Medical and sanitary report of the native army of Madras for the year
Year: 1875
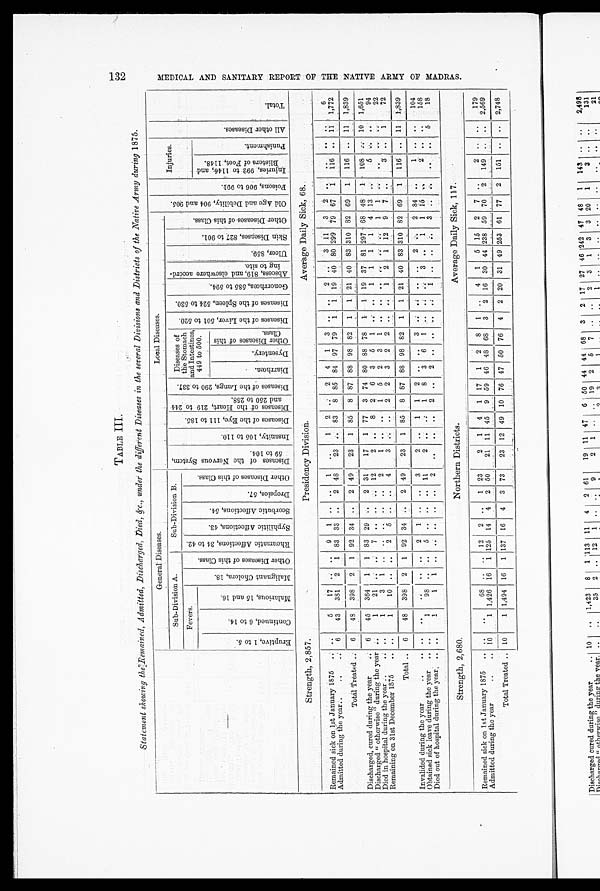
TABLE III
Statement showing the Remained, Admitted, Discharged, Died, &c., under the different Diseases in the several Divisions and Districts of the Native Army during 1875.
—
General Diseases.
Local Diseases.
O l d A g e a n d D e b i l i t y , 9 0 4 a n d 9 0 5 .
P o i s o n s , 9 0 6 t o 9 9 1 .
Injuries.
A l l o t h e r D i s e a s e s .
Tot al .
Sub-Division A.
Sub-Division B.
D i s e a s e s o f t h e N e r v o u s S y s t e m , 5 9 t o 1 0 4 .
I n s a n i t y , 1 0 5 t o 1 1 0 .
D i s e a s e s o f t h e E y e , 1 1 1 t o 1 8 5 .
D i s e a s e s o f t h e H e a r t , 2 1 9 t o 2 4 4 a n d 2 5 0 t o 2 5 8 .
D i s e a s e s o f t h e L u n g s , 2 9 0 t o 3 7 7 . Diseases of
the Stomach
and Intestines,
449 to 500.
D i s e a s e s o f t h e L i v e r , 5 0 1 t o 5 2 0 . D i s e a s e s o f t h e S p l e e n , 5 2 4 t o 5 3 0 .
G o n o r r h œ a , 5 8 5 t o 5 9 4 .
A b s c e s s , 8 1 9 , a n d e l s e w h e r e a c c o r d - i n g t o s i t e .
Ul c e r , 8 5 9 .
S k i n D i s e a s e s , 8 2 7 t o 9 0 1 .
O t h e r D i s e a s e s o f t h i s C l a s s .
Fevers.
M a l i g n a n t C h o l e r a , 1 8 .
O t h e r D i s e a s e s o f t h i s C l a s s .
R h e u m a t i c A f f e c t i o n s , 3 4 t o 4 2 .
S y p h i l i t i c A f f e c t i o n s , 4 3 .
S c o r b u t i c A f f e c t i o n s , 5 4 .
D r o p s i e s , 5 7 .
O t h e r D i s e a s e s o f t h i s C l a s s .
E r u p t i v e , 1 t o 5 .
C o n t i n u e d , 6 t o 1 4 .
M a l a r i o u s , 1 5 a n d 1 6 .
I n j u r i e s , 9 9 2 t o 1 1 4 6 , a n d B l i s t e r s o f F e e t , 1 1 4 8 .
P u n i s h me n t .
Di a r r h œa .
Dys ent er y.
O t h e r D i s e a s e s o f t h i s C l a s s .
Strength, 2,857.
Presidency Division.
Average Daily Sick, 68.
Remained sick on 1st January 1875 .. ..
5
17 .. ..
9 1 .. ..
1
..
1 2
2 4 1 3
2 ..
3 11 3 2
6
Admitted during the year..
..
... 6
43 381 2 1 83 33 ..
2 48
23 .. 83 8 85 84 97 79 1 1 19 40 80 299 79 67 1 116 .. 11 1,772
Total Treated .. 6
48 398 2 1 92 34 ..
2 49
23 1 85 8 87 88 98 82 1
1 21 40 83 310 82 69 1 116 .. 11 1,839
Discharged, cured during the year
.. 6
45 364 1 1 83 29
2 31
17 1 77 3 74 80 88 78 1 1 19 37 81 297 68 48 1 108
10 1,651
Discharged "otherwise" during the year ..
1
21 .. ..
7 .. .. .. 12
2 ..
8 2 6 3 5 1 ... ..
1
1 1 1 4 13
5
94
Died in hospital during the year ..
.. ..
1
3 1 . . . . . . . . . .
2
1 .. ..
1 5 2 3 1 .. .. .. .. .. ...
1 1
22
Remaining on 31st December 1875
.. ..
1
10 .. ..
2 5 .. ..
4
3
..
2 2 3 2 2 .. ..
1 2 1 12 9 7 ..
3 ..
1
72
Total .. 6
48 398 2 1 92 34 .. 2 49
23 1 85 8 87 88 98 82 1 1 21 40 83 310 82 69 1 116 .. 11 1,839
Invalided during the year
..
.. .. ..
..
..
2 1 .. ..
3
2 ..
1
1 2 .. ..
3
2
2 84
1 .. ..
104
Obtained sick leave during the year..
1
98 .. ..
5 .. .. .. 11
2 .. ..
1 8 3 6 1 ..
... 3 .
1 1 15 ..
2 .. ..
158
Died out of hospital during the year . .. ..
1
1 1 ..
2
2
2
1 .. ..
3 .. ..
..
..
5
18
Strength, 2,680.
Northern Districts.
Average Daily Sick, 117.
Remained sick on 1st January 1875 .. ..
..
68 .. .. 12 2 . . 1 23
2 1 4 1 17 1 2 8
1
4 1 5 15 2 7 ..
2 .. ..
179
Admitted during the year
..
.. 10
1 1,426 16 1 125 14 4 2 50
21 11 45 9 59 46 48 68 3 2 16 30 44 238 59 70 2 149 .. .. 2,569
Total Treated .. 10
1 1,494 16 1 137 16 4 3 73
23 12 49 10 76 47 50 76 4 2 20 31 49 253 61 77 2 151 .. . . 2,748